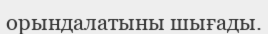
орындалатыны шығады.